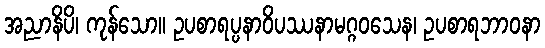
အညာနိပိ၊ ကုန်သော။ ဥပစာရပ္ပနာဝိပဿနာမဂ္ဂဝသေန၊ ဥပစာရဘာဝနာ